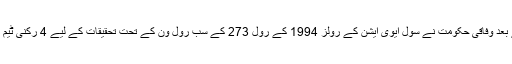
اس حادثے کے بعد وفاقی حکومت نے سول ایوی ایشن کے رولز 1994 کے رول 273 کے سب رول ون کے تحت تحقیقات کے لیے 4 رکنی ٹیم تشکیل دی تھی۔